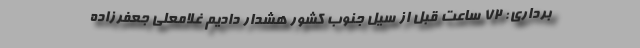
برداری: ۷۲ ساعت قبل از سیل جنوب کشور هشدار دادیم غلامعلی جعفرزاده